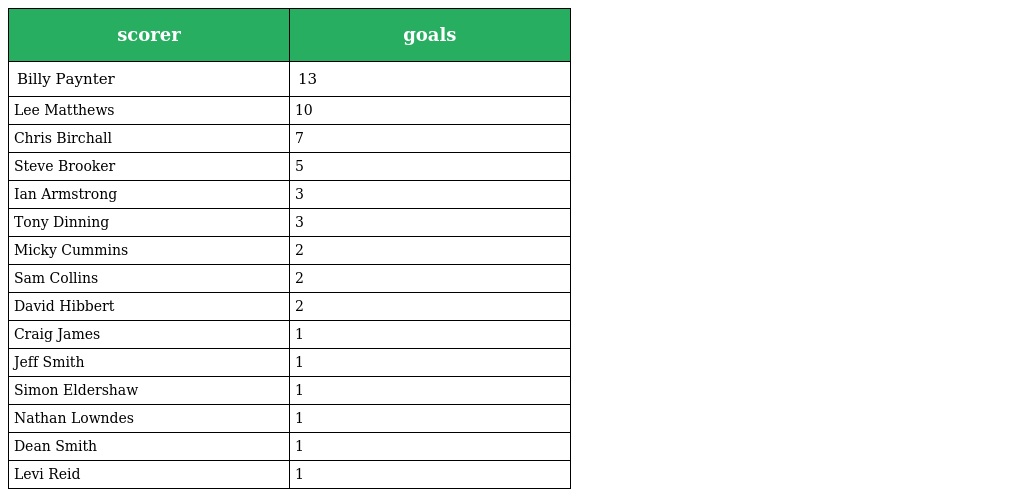
| scorer | goals |
 | --- | --- |
 | Billy Paynter | 13 |
 | Lee Matthews | 10 |
 | Chris Birchall | 7 |
 | Steve Brooker | 5 |
 | Ian Armstrong | 3 |
 | Tony Dinning | 3 |
 | Micky Cummins | 2 |
 | Sam Collins | 2 |
 | David Hibbert | 2 |
 | Craig James | 1 |
 | Jeff Smith | 1 |
 | Simon Eldershaw | 1 |
 | Nathan Lowndes | 1 |
 | Dean Smith | 1 |
 | Levi Reid | 1 |